Vaccination in Bombay 1856-1862 - 1856-1862
Year: 1856
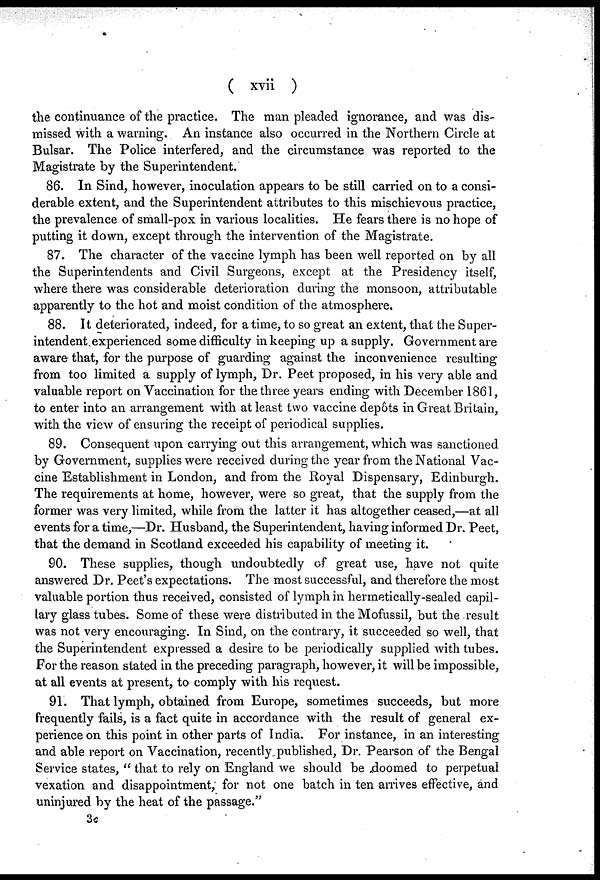
( xvii )
the continuance of the practice. The man pleaded ignorance, and was dis-
missed with a warning. An instance also occurred in the Northern Circle at
Bulsar. The Police interfered, and the circumstance was reported to the
Magistrate by the Superintendent.
86. In Sind, however, inoculation appears to be still carried on to a consi-
derable extent, and the Superintendent attributes to this mischievous practice,
the prevalence of small-pox in various localities. He fears there is no hope of
putting it down, except through the intervention of the Magistrate.
87. The character of the vaccine lymph has been well reported on by all
the Superintendents and Civil Surgeons, except at the Presidency itself,
where there was considerable deterioration during the monsoon, attributable
apparently to the hot and moist condition of the atmosphere.
88. It deteriorated, indeed, for a time, to so great an extent, that the Super-
intendent experienced some difficulty in keeping up a supply. Government are
aware that, for the purpose of guarding against the inconvenience resulting
from too limited a supply of lymph, Dr. Peet proposed, in his very able and
valuable report on Vaccination for the three years ending with December 1861,
to enter into an arrangement with at least two vaccine depôts in Great Britain,
with the view of ensuring the receipt of periodical supplies.
89. Consequent upon carrying out this arrangement, which was sanctioned
by Government, supplies were received during the year from the National Vac-
cine Establishment in London, and from the Royal Dispensary, Edinburgh.
The requirements at home, however, were so great, that the supply from the
former was very limited, while from the latter it has altogether ceased,—at all
events for a time,—Dr. Husband, the Superintendent, having informed Dr. Peet,
that the demand in Scotland exceeded his capability of meeting it.
90. These supplies, though undoubtedly of great use, have not quite
answered Dr. Peet's expectations. The most successful, and therefore the most
valuable portion thus received, consisted of lymph in hermetically-sealed capil-
lary glass tubes. Some of these were distributed in the Mofussil, but the result
was not very encouraging. In Sind, on the contrary, it succeeded so well, that
the Superintendent expressed a desire to be periodically supplied with tubes.
For the reason stated in the preceding paragraph, however, it will be impossible,
at all events at present, to comply with his request.
91. That lymph, obtained from Europe, sometimes succeeds, but more
frequently fails, is a fact quite in accordance with the result of general ex-
perience on this point in other parts of India. For instance, in an interesting
and able report on Vaccination, recently published, Dr. Pearson of the Bengal
Service states, " that to rely on England we should be doomed to perpetual
vexation and disappointment, for not one batch in ten arrives effective, and
uninjured by the heat of the passage."
3c